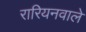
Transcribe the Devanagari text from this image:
रारियनवाले